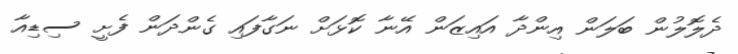
ދެލޮލުން ބަލަން އިންދާ އައިޒަން އޭނާ ކޮޅަށް ނަގާފައި ގެންދަން ފެށީ ސިޑިއާ